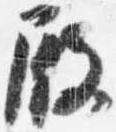
殿